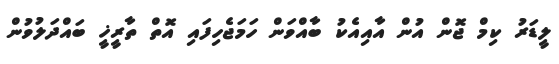
ލީޑަރު ކިމް ޖޮން އުން އާއިއެކު ބާއްވަން ހަމަޖެހިފައި އޮތް ތާރީީޚީ ބައްދަލުވުން